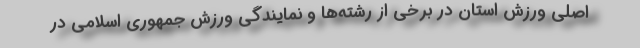
اصلی ورزش استان در برخی از رشته‌ها و نمایندگی ورزش جمهوری اسلامی در